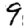
Digit: 9